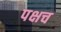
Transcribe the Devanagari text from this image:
पक्षच